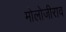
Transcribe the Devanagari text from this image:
मोलोजीराव